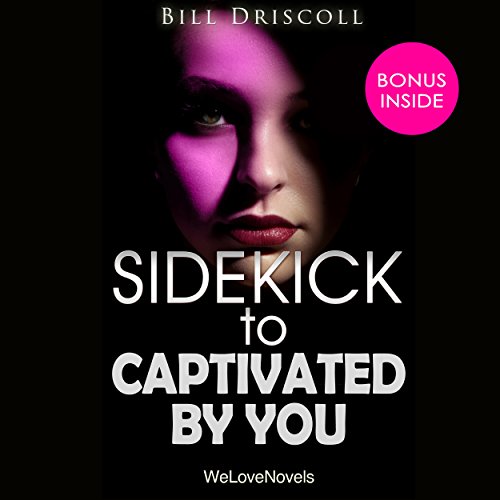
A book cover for Sidekick - Captivated by You, by Sylvia Day: Crossfire, Book 4; Bill Driscoll; Literature & Fiction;